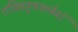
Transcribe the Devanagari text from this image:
तन्निष्ठगुणकर्मणां